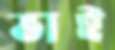
ভাই